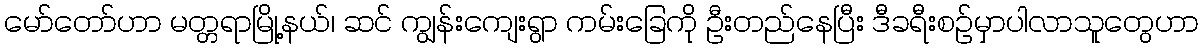
မော်တော်ဟာ မတ္တရာမြို့နယ်၊ ဆင် ကျွန်းကျေးရွာ ကမ်းခြေကို ဦးတည်နေပြီး ဒီခရီးစဉ်မှာပါလာသူတွေဟာ